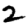
Digit: 2